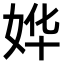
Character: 𫰡